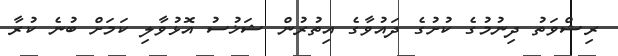
ރިޝްވަތު ދިނުމުގެ ކުށުގެ ދައުވާގެ އިތުރުން ޝަޚުސު އޮޅުވާލި ކަމަށް ބުނެ ކުރާ